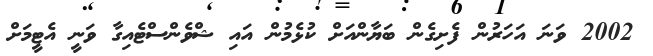
2002 ވަނަ އަހަރުން ފެށިގެން ބަޔާންއަށް ކުޅެމުން އައި ޝްވެންސްޓެއިގާ ވަނީ އެޓީމަށް